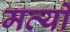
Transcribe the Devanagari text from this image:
मर्त्यों